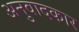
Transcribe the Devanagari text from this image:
अनुवादकार